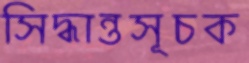
সিদ্ধান্তসূচক